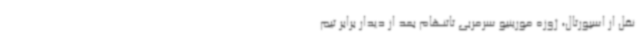
نقل از اسپورتال، ژوزه مورینیو سرمربی تاتنهام بعد از دیدار برابر تیم